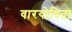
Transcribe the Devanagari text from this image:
वारयोषिता